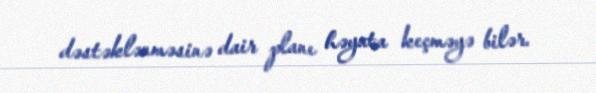
dəstəklənməsinə dair planı həyata keçməyə bilər.